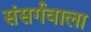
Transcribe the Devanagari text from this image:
संसर्गवाला